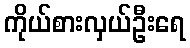
ကိုယ်စားလှယ်ဦးရေ